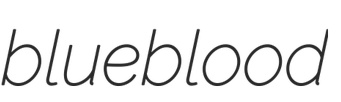
blueblood